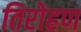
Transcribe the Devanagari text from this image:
तिरोहण